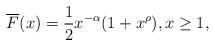
LaTeX: \begin{align*}\overline F(x) & = \frac{1}{2} x^{-\alpha}(1+x^{{\rho}}), x\ge 1,\end{align*}